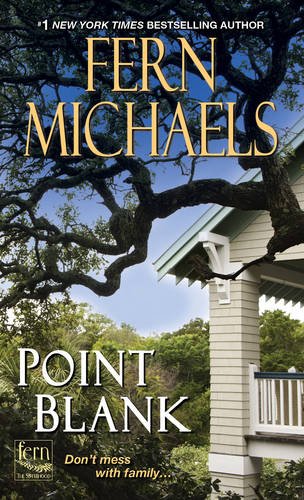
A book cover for Point Blank (Sisterhood); Fern Michaels; Romance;